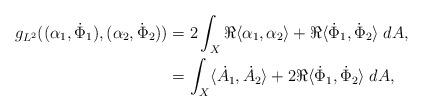
LaTeX: \begin{align*} g_{L^2}((\alpha_1,\dot\Phi_1),(\alpha_2,\dot\Phi_2)) & = 2 \int_X \Re \langle\alpha_1,\alpha_2 \rangle + \Re \langle\dot\Phi_1,\dot\Phi_2\rangle \; dA, \\ & =\int_X \langle \dot A_1,\dot A_2 \rangle +2 \Re \langle\dot\Phi_1,\dot\Phi_2\rangle \; dA, \end{align*}